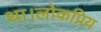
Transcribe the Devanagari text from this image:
था।लोकप्रिय